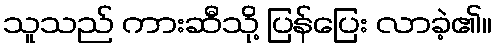
သူသည် ကားဆီသို့ ပြန်ပြေး လာခဲ့၏။